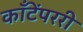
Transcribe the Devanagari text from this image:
काँटेंपररी